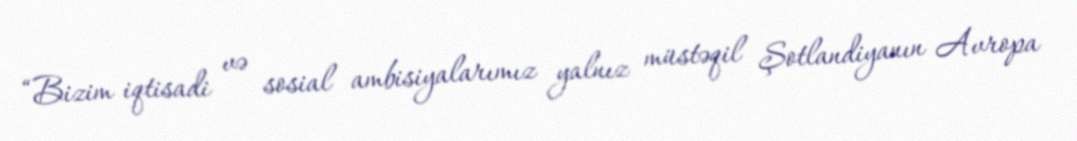
“Bizim iqtisadi və sosial ambisiyalarımız yalnız müstəqil Şotlandiyanın Avropa